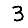
Digit: 3